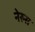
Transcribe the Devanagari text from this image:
नेरुस